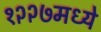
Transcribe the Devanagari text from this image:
१२२७मध्ये